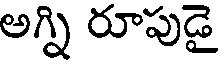
అగ్ని రూపుడై